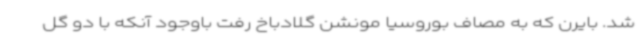
شد. بایرن که به مصاف بوروسیا مونشن گلادباخ رفت باوجود آنکه با دو گل